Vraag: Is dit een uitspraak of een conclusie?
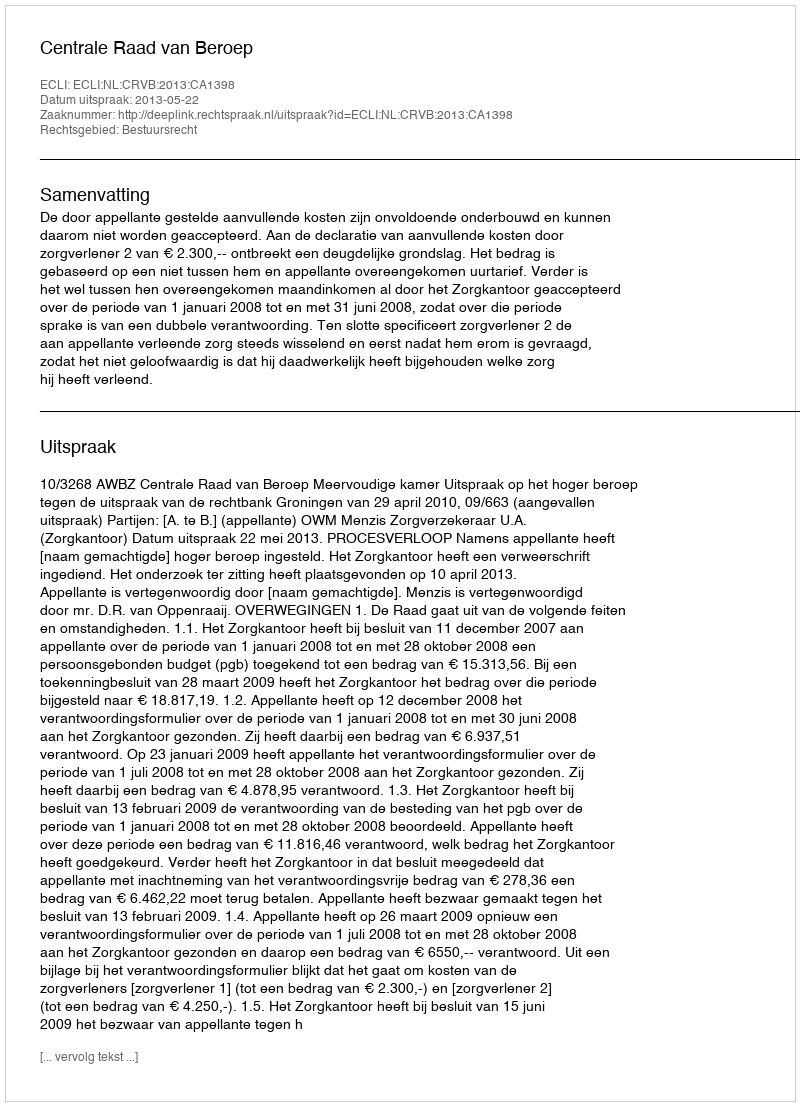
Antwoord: Uitspraak